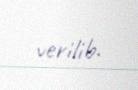
verilib.